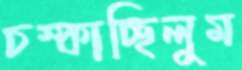
চম্‌কাচ্ছিলুম